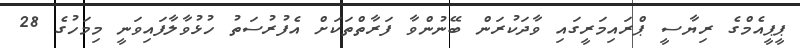
ޕީޕީއެމްގެ ރިޔާސީ ޕްރައިމަރީގައި ވާދަކުރަން ބޭނުންވާ ފަރާތްތަކަށް އެފުރުސަތު ހުޅުވާލާފައިވަނީ މިމަހުގެ 28